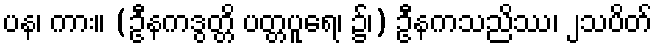
ပန၊ ကား။ (ဦနကဒွတ္တိ ပတ္တပူရေ၊ ၌၊) ဦနကသညိဿ၊ ၂သပိတ်